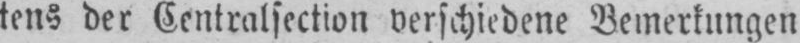
tens der Centralsection verschiedene Bemerkungen